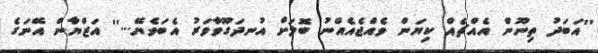
''އަބަދު ތިނޫން އެއްޗެއް ކިޔަން ވެއްޖެއެއްނު ބޮލަށް އުނދަގޫވާވަރު އެބަވެޔޭ...'' އަޒްޔާން އޭނަގެ